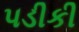
પડીકી